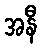
အနီ